Vaccination in Bombay 1889-1901 - 1889-1901
Year: 1889
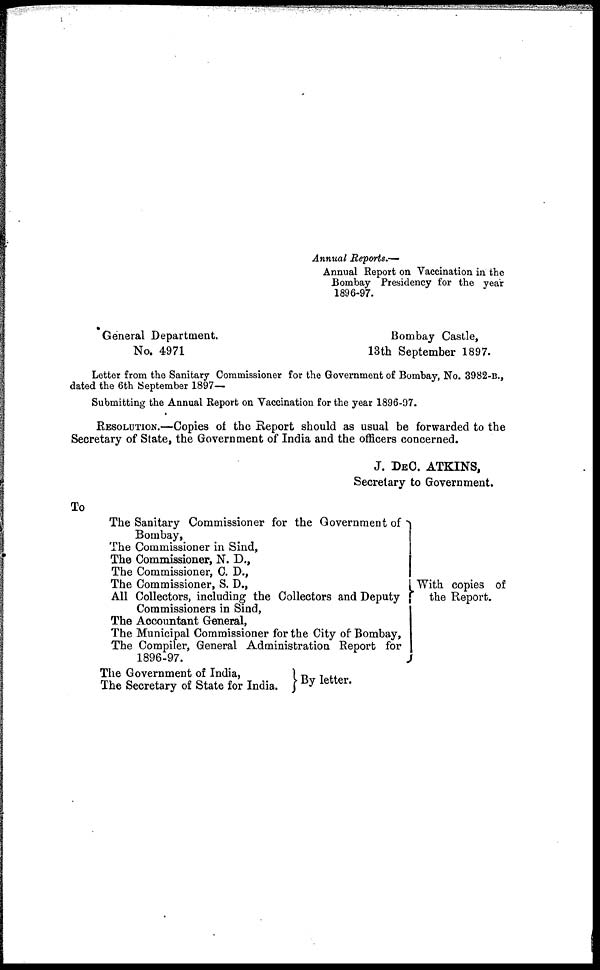
Annual Reports.—
Annual Report on Vaccination in the
Bombay Presidency for the year
1896-97.
General Department.
Bombay Castle,
No. 4971
13th September 1897.
Letter from the Sanitary Commissioner for the Government of Bombay, No. 3982-B.,
dated the 6th September 1897—
Submitting the Annual Report on Vaccination for the year 1896-97.
RESOLUTION.—Copies of the Report should as usual be forwarded to the
Secretary of State, the Government of India and the officers concerned.
J. DEC. ATKINS,
Secretary to Government.
To
The Sanitary Commissioner for the Government of
Bombay,
The Commissioner in Sind,
The Commissioner, N. D.,
The Commissioner, C. D.,
The Commissioner, S. D.,
All Collectors, including the Collectors and Deputy
Commissioners in Sind,
The Accountant General,
The Municipal Commissioner for the City of Bombay,
The Compiler, General Administration Report for
1896-97.
The Government of India,
The Secretary of State for India.
With copies of
the Report.
By letter.